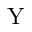
\mathrm { Y }